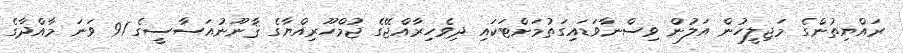
ރައްޔިތުންގެ މަޖިލީހުން އަލުން ވިސްނާވަޑައިގަތުމަށްޓަކައި ދިވެހިރާއްޖޭގެ ޖުމްހޫރިއްޔާގެ ޤާނޫނުއަސާސީގެ 91 ވަނަ މާއްދާގެ